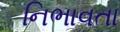
નિભાવતા